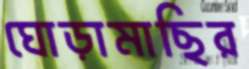
ঘোড়ামাছির